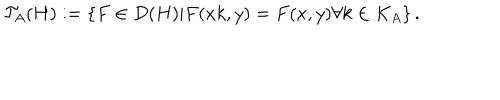
\mathcal { T } _ { A } ( H ) : = \left\{ F \in D ( H ) | F ( x k , y ) = F ( x , y ) \forall k \in K _ { A } \right\} .